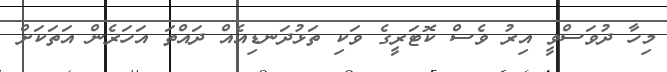
މިހާ ދުވަސްވީ އިރު ވެސް ކޮޓަރީގެ ވަކި ތަޅުދަނޑިއެއް ދައްތަ އަހަރެން އަތަކަށް